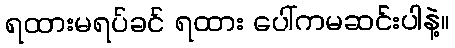
ရထားမရပ်ခင် ရထား ပေါ်ကမဆင်းပါနဲ့။